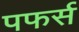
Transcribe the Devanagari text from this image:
पफर्स